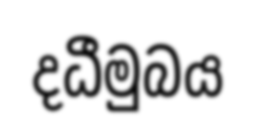
දධීමුබය